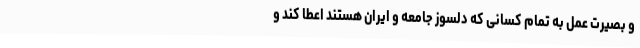
و بصیرت عمل به تمام کسانی که دلسوز جامعه و ایران هستند اعطا کند و